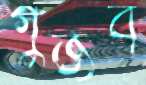
গুঁজব